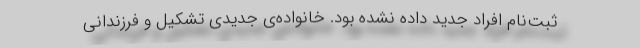
ثبت‌نام افراد جدید داده نشده بود. خانواده‌ی جدیدی تشکیل و فرزندانی